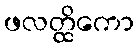
ဖလတ္ထိကော